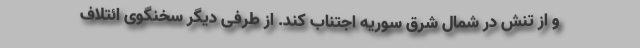
و از تنش در شمال شرق سوریه اجتناب کند. از طرفی دیگر سخنگوی ائتلاف